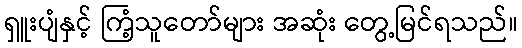
ရှူးပျံနှင့် ကြံ့သူတော်များ အဆုံး တွေ့မြင်ရသည်။